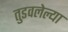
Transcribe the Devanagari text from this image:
तुडवलेल्या